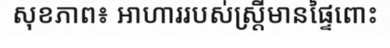
សុខភាព៖ អាហាររបស់ស្ត្រីមានផ្ទៃពោះ